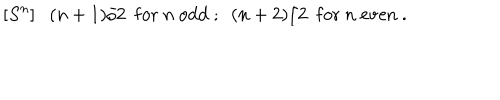
LaTeX: [ S ^ { n } ] ( n + 1 ) / 2 ~ ~ \mathrm { f o r } ~ n ~ \mathrm { o d d } ~ ; ~ ~ ( n + 2 ) / 2 ~ ~ \mathrm { f o r } { } ~ n ~ \mathrm { e v e n } ~ .